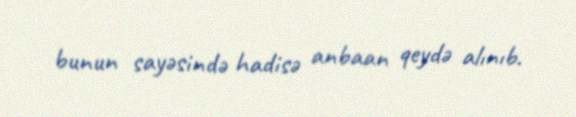
bunun sayəsində hadisə anbaan qeydə alınıb.